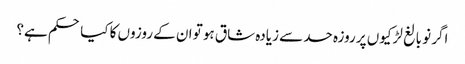
اگر نو بالغ لڑکیوں پر روزہ حد سے زیادہ شاق ہو تو ان کے روزوں کا کیا حکم ہے؟